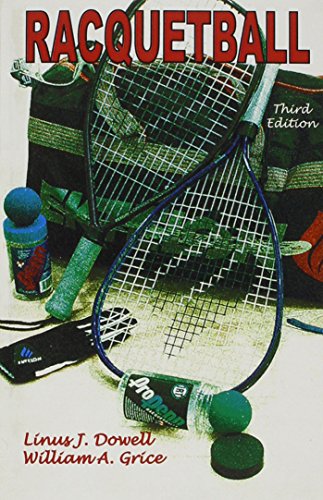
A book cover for Racquetball; Linus Dowell; Sports & Outdoors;